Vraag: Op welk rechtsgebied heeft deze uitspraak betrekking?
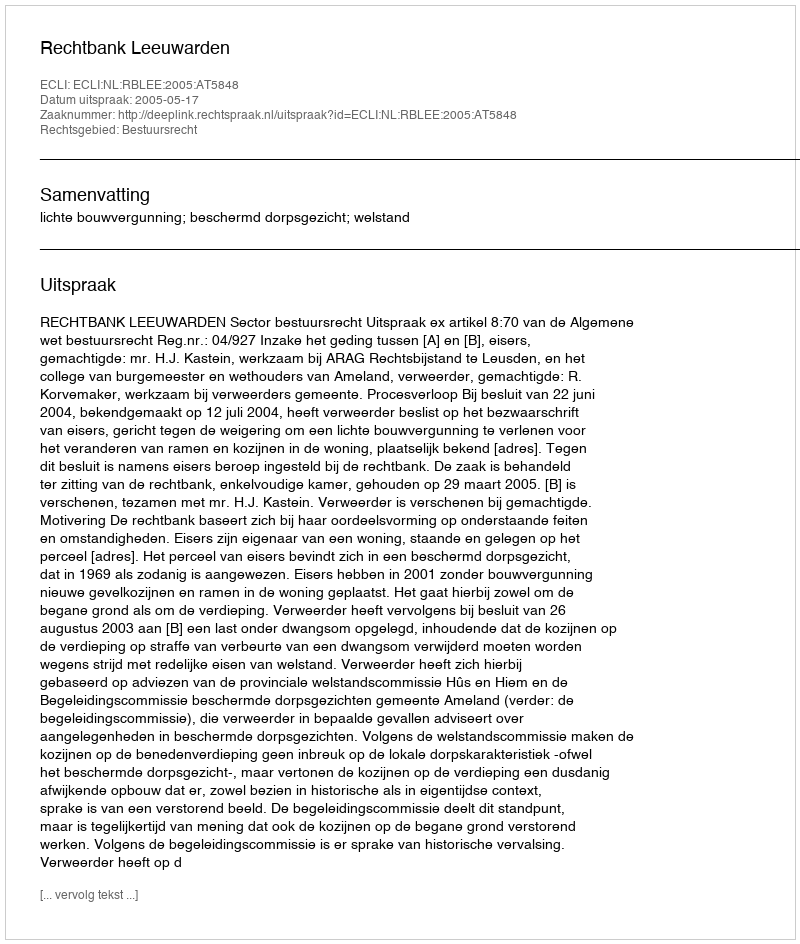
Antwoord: Bestuursrecht